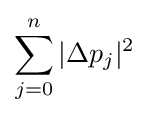
\sum _{j=0}^{n}|\Delta p_{j}|^{2}